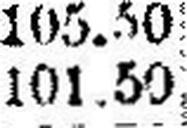
101.50